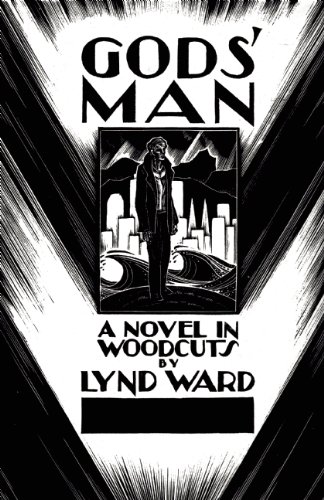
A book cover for Gods' Man; Arts & Photography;